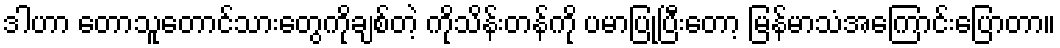
ဒါဟာ တောသူတောင်သားတွေကိုချစ်တဲ့ ကိုသိန်းတန်ကို ပမာပြုပြီးတော့ မြန်မာသံအကြောင်းပြောတာ။